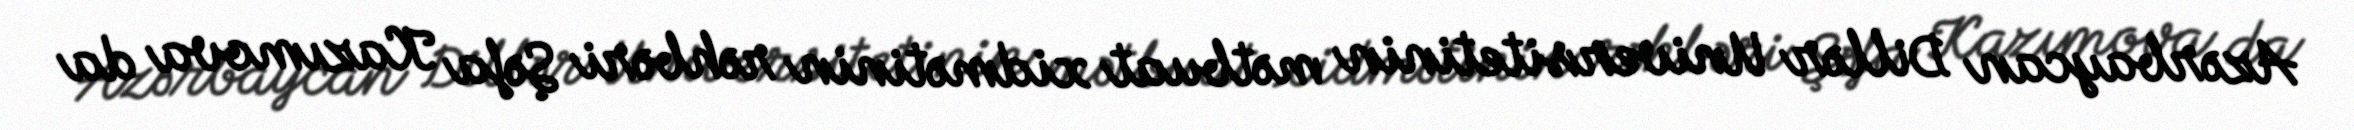
Azərbaycan Dillər Universitetinin mətbuat xidmətinin rəhbəri Şəfa Kazımova da